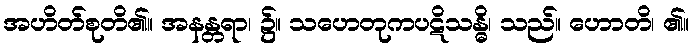
အဟိတ်စုတိ၏။ အနန္တရာ၊ ၌။ သဟေတုကပဋိသန္ဓိ၊ သည်။ ဟောတိ၊ ၏။